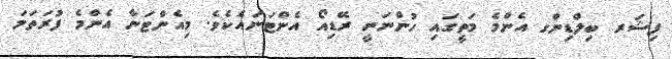
ފިޝަރ ބިލްޑިންގ އެންމެ މަތީގައި ހުންނަނީ ރޭޑިއޯ އެންޓަނައެކެވެ. މިއެންޓަނާ އެންމެ ފުރަތަމަ